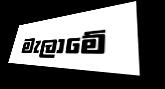
මැලාමේ